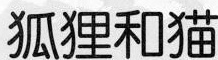
狐狸和猫